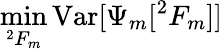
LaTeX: \operatorname*{min}_{^{2}F_{m}}{\mathrm{Var}[\Psi_{m}[^{2}F_{m}]]}